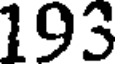
193